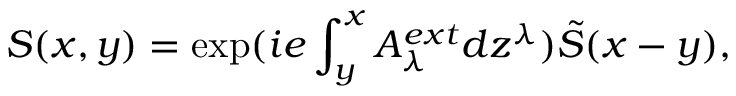
S ( x , y ) = \exp ( i e \int _ { y } ^ { x } A _ { \lambda } ^ { e x t } d z ^ { \lambda } ) \tilde { S } ( x - y ) ,